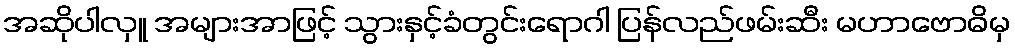
အဆိုပါလှူ အများအာဖြင့် သွားနှင့်ခံတွင်းရောဂါ ပြန်လည်ဖမ်းဆီး မဟာဗောဓိမှ